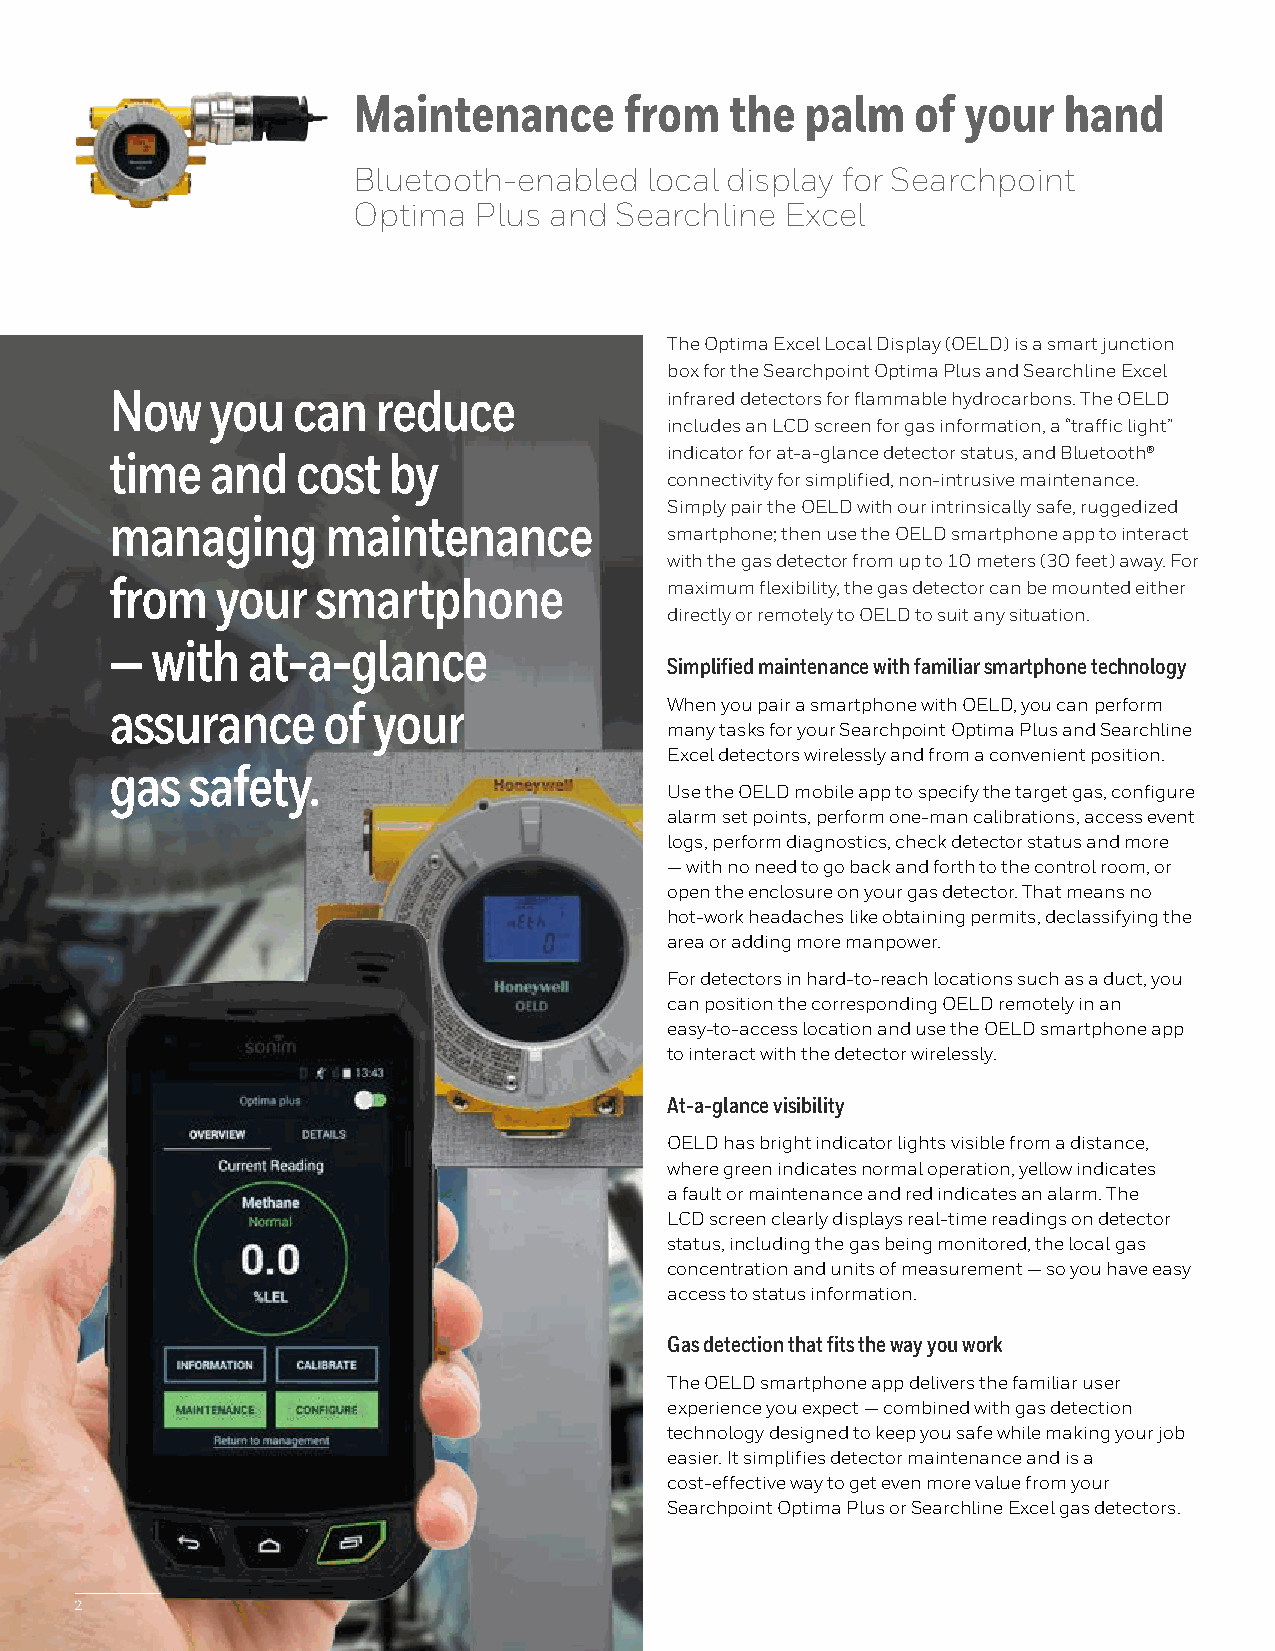
Maintenance       from   the  palm    of your  hand
 Bluetooth-enabled   local display for Searchpoint
 Optima  Plus and  Searchline Excel
 The Optima Excel Local Display (OELD) is a smart junction
 box for the Searchpoint Optima Plus and Searchline Excel
 Now    you  can   reduce             infrared detectors for flammable hydrocarbons. The OELD
 includes an LCD screen for gas information, a “traffic light”
 indicator for at-a-glance detector status, and Bluetooth®
 time   and   cost  by
 connectivity for simplified, non-intrusive maintenance.
 Simply pair the OELD with our intrinsically safe, ruggedized
 managing       maintenance
 smartphone; then use the OELD smartphone app to interact
 with the gas detector from up to 10 meters (30 feet) away. For
 from   your   smartphone             maximum flexibility, the gas detector can be mounted either
 directly or remotely to OELD to suit any situation.
 —  with  at-a-glance
 Simplified maintenance with familiar smartphone technology
 assurance     of  your               When you pair a smartphone with OELD, you can perform
 many tasks for your Searchpoint Optima Plus and Searchline
 Excel detectors wirelessly and from a convenient position.
 gas  safety.
 Use the OELD mobile app to specify the target gas, configure
 alarm set points, perform one-man calibrations, access event
 logs, perform diagnostics, check detector status and more
 — with no need to go back and forth to the control room, or
 open the enclosure on your gas detector. That means no
 hot-work headaches like obtaining permits, declassifying the
 area or adding more manpower.
 For detectors in hard-to-reach locations such as a duct, you
 can position the corresponding OELD remotely in an
 easy-to-access location and use the OELD smartphone app
 to interact with the detector wirelessly.
 At-a-glance visibility
 OELD has bright indicator lights visible from a distance,
 where green indicates normal operation, yellow indicates
 a fault or maintenance and red indicates an alarm. The
 LCD screen clearly displays real-time readings on detector
 status, including the gas being monitored, the local gas
 concentration and units of measurement — so you have easy
 access to status information.
 Gas detection that fits the way you work
 The OELD smartphone app delivers the familiar user
 experience you expect — combined with gas detection
 technology designed to keep you safe while making your job
 easier. It simplifies detector maintenance and is a
 cost-effective way to get even more value from your
 Searchpoint Optima Plus or Searchline Excel gas detectors.
 2